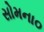
સોમના૦